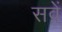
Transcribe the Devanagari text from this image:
सवें